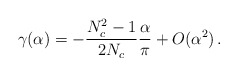
\begin{align*}\gamma(\alpha) = - \frac{N_c^2 - 1}{2 N_c}\frac{\alpha}{\pi} + O(\alpha^2) \, .\end{align*}